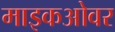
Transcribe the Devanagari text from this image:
माइकओवर